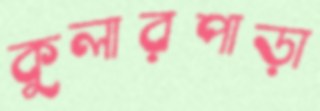
কুলারপাড়া